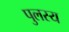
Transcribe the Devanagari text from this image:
पुलस्य